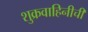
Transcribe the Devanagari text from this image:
शुक्रवाहिनीची